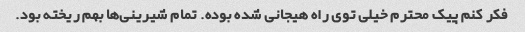
فکر کنم پیک محترم خیلی توی راه هیجانی شده بوده. تمام شیرینی‌ها بهم ریخته بود.